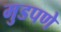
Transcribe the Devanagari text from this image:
मुडपणे